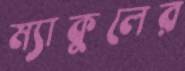
ম্যাকুলের